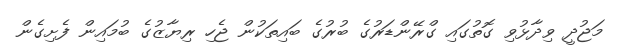
މަޖުދީ ވިދާޅުވި ގޮތުގައި ގްރޭންޑަރުގެ ބުރުގެ ބައިތަކުން ޖެހި ރިޔާޒުގެ ބުމައިން ފެށިގެން